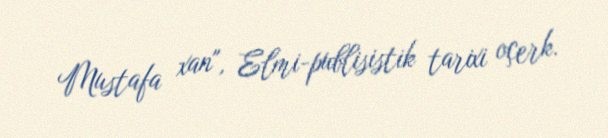
Mustafa xan", Elmi-publisistik tarixi oçerk.